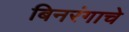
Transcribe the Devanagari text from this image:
बिनरंगाचे